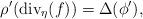
LaTeX: \begin{align*}\rho'(\mathrm{div}_{\eta}(f))=\Delta(\phi'),\end{align*}